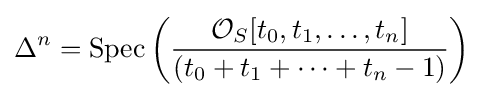
\Delta ^{n}={\text{Spec}}\left({\frac {{\mathcal {O}}_{S}[t_{0},t_{1},\ldots ,t_{n}]}{(t_{0}+t_{1}+\cdots +t_{n}-1)}}\right)